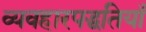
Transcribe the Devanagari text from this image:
व्यवहारपद्धतियाँ